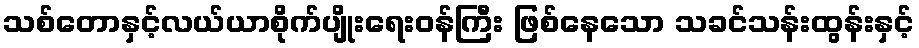
သစ်တောနှင့်လယ်ယာစိုက်ပျိုးရေးဝန်ကြီး ဖြစ်နေသော သခင်သန်းထွန်းနှင့်